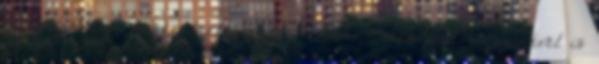
megjeleníti. A kosár tartalmát a "Kosár" menüpont segítségével is